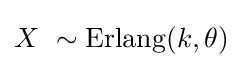
X\ \sim \operatorname {Erlang} (k,\theta )